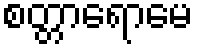
စတ္တာရောမေ